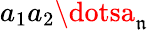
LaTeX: a_{1}a_{2}\dotsa_{\mathfrak{n}}